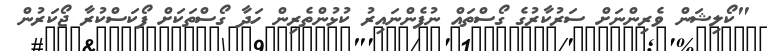
"ކޯލިޝަން ވެރިންނަށް ސަރުކާރުގެ ގޯސްތައް ނުފެންނައިރު ކުޅުންތެރިން ހަދާ ގޯސްތަކަށް ފޯކަސްކުރާ ޖޯކަރުން